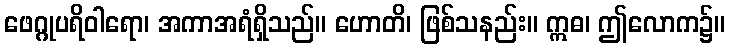
ဖေဂ္ဂုပရိဝါရော၊ အကာအရံရှိသည်။ ဟောတိ၊ ဖြစ်သနည်း။ ဣဓ၊ ဤလောက၌။